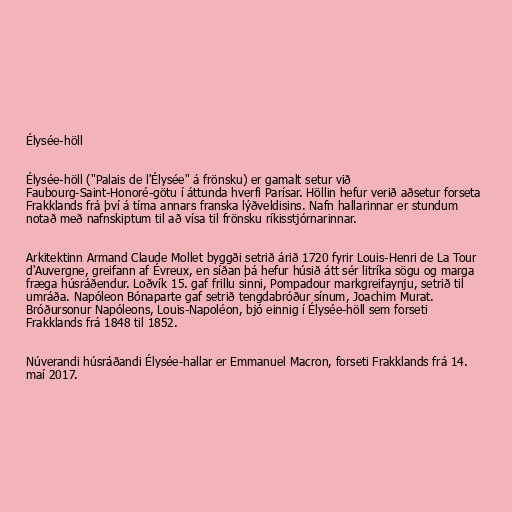
Élysée-höll

Élysée-höll ("Palais de l'Élysée" á frönsku) er gamalt setur við
Faubourg-Saint-Honoré-götu í áttunda hverfi Parísar. Höllin hefur verið aðsetur forseta
Frakklands frá því á tíma annars franska lýðveldisins. Nafn hallarinnar er stundum
notað með nafnskiptum til að vísa til frönsku ríkisstjórnarinnar.

Arkitektinn Armand Claude Mollet byggði setrið árið 1720 fyrir Louis-Henri de La Tour
d'Auvergne, greifann af Évreux, en síðan þá hefur húsið átt sér litríka sögu og marga
fræga húsráðendur. Loðvík 15. gaf frillu sinni, Pompadour markgreifaynju, setrið til
umráða. Napóleon Bónaparte gaf setrið tengdabróður sínum, Joachim Murat.
Bróðursonur Napóleons, Louis-Napoléon, bjó einnig í Élysée-höll sem forseti
Frakklands frá 1848 til 1852.

Núverandi húsráðandi Élysée-hallar er Emmanuel Macron, forseti Frakklands frá 14.
maí 2017.